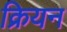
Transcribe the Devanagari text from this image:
क्रियन